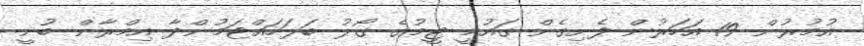
އުމުރުން 19 އަހަރުން ފެށިގެން ގައުމީ ޓީމުގެ ގޯލު ބަލަހައްޓަމުންދާ އިމްރާން ބުނީ